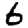
Digit: 6